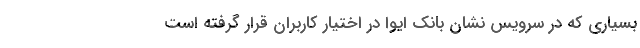
بسیاری که در سرویس نشان بانک ایوا در اختیار کاربران قرار گرفته است